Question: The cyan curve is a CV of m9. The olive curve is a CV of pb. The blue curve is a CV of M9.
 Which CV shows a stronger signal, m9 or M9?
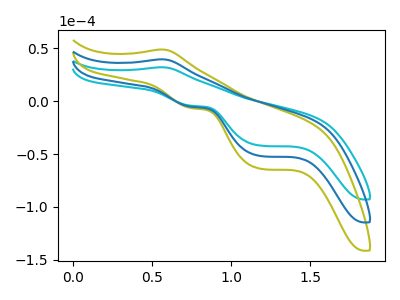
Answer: <think>The cyan curve "m9" has an anodic peak at (0.55V, 32.25uA) and cathodic peaks at (0.75V, -4.20uA) (1.20V, -41.95uA). The olive curve "pb" has an anodic peak at (0.55V, 79.50uA) and cathodic peaks at (0.75V, -10.35uA) (1.20V, -103.55uA). The blue curve "M9" has an anodic peak at (0.55V, 39.75uA) and cathodic peaks at (0.75V, -5.20uA) (1.20V, -51.75uA).
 All the peaks in "m9" have a peak in "M9" at the same potential. Every peak in "m9" is lower than every peak in "M9".</think>
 <answer>"m9" has less signal than "M9".</answer>
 <eval>less_signal</eval>